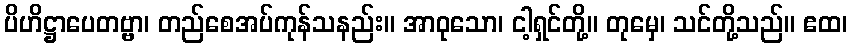
ပိဟိဋ္ဌာပေတဗ္ဗာ၊ တည်စေအပ်ကုန်သနည်း။ အာဝုသော၊ ငါ့ရှင်တို့။ တုမှေ၊ သင်တို့သည်။ ဧထ၊